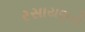
રસાયણની